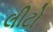
લીટો